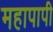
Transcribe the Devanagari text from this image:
महापापी